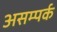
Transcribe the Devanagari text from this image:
असम्पर्क